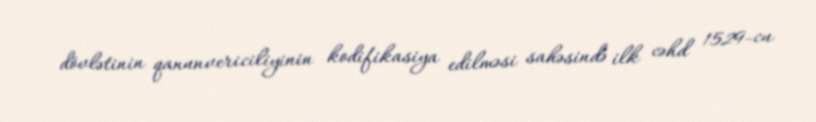
dövlətinin qanunvericiliyinin kodifikasiya edilməsi sahəsində ilk cəhd 1529-cu